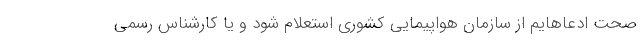
صحت ادعاهایم از سازمان هواپیمایی کشوری استعلام شود و یا کارشناس رسمی